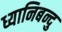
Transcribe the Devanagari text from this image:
ध्यानिबन्दु